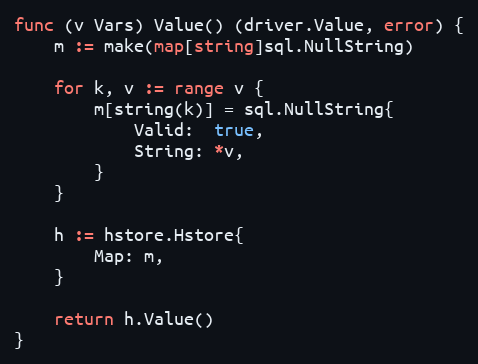
Language: Go
func (v Vars) Value() (driver.Value, error) {
	m := make(map[string]sql.NullString)

	for k, v := range v {
		m[string(k)] = sql.NullString{
			Valid:  true,
			String: *v,
		}
	}

	h := hstore.Hstore{
		Map: m,
	}

	return h.Value()
}